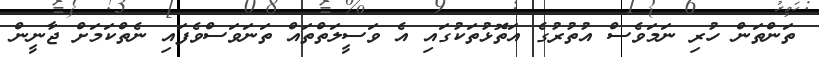
ތަންތަން ހުރި ނަމަވެސް އުުތުރުގެ އަތޮޅުތަކުގައި އެ ވަސީލަތްތައް ތަނަވަސްވެފައި ނެތްކަމަށް ޖާނީން